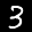
Label: 3